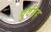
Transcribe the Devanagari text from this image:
पुर्वग्रह